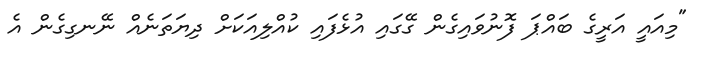
"މިއައީ އަރީގެ ބައްޕަ ފޮނުވައިގެން ގޭގައި އުޅެފައި ކުއްލިއަކަށް ދިޔަތަނެއް ނޭނގިގެން އެ